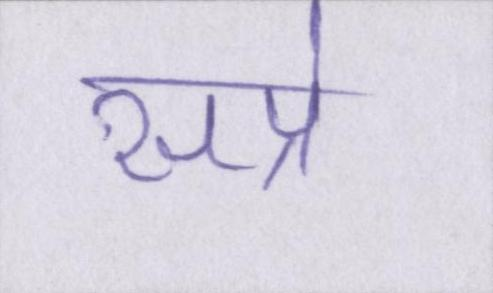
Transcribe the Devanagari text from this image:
सप्रे